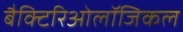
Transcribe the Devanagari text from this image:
बैक्टिरिओलॉजिकल